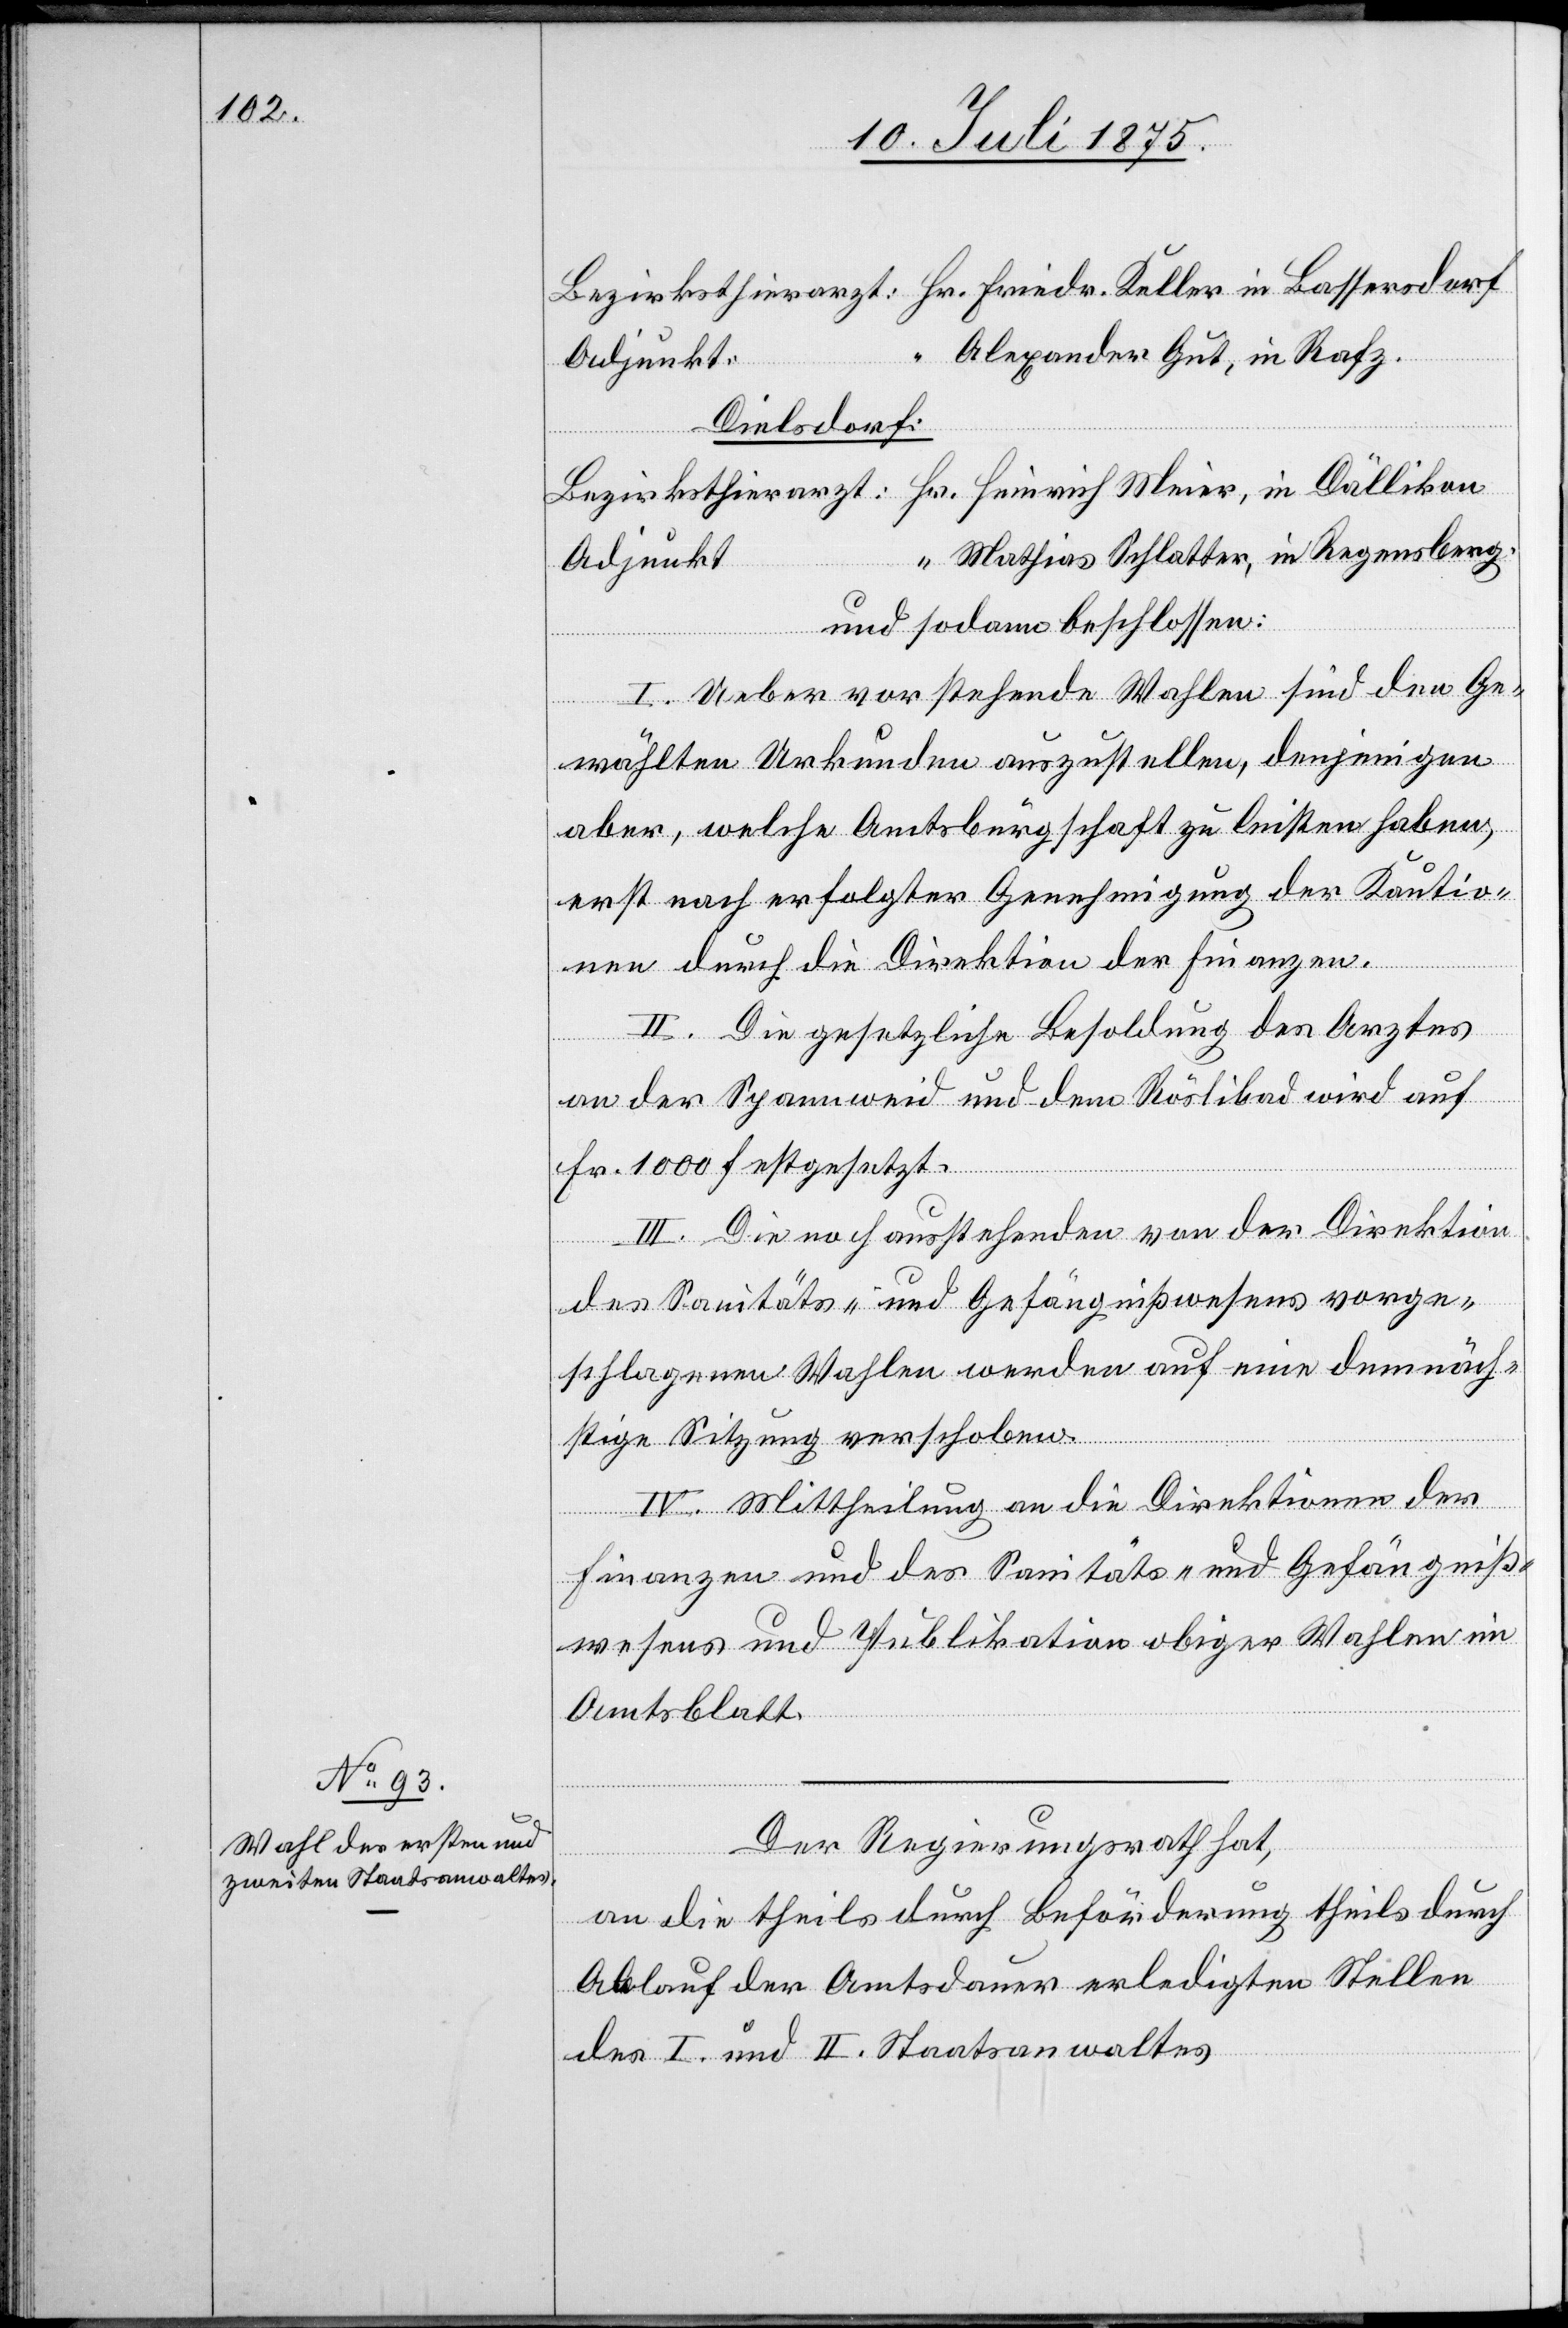
Alexander Gut, in Rafz.
Dielsdorf:
Mathias Schlatter, in Regensberg.
Adjunkt:
Meier,
und sodann beschlossen:
I. Ueber vorstehende Wahlen sind den Ge¬
wählten Urkunden auszustellen, denjenigen
aber, welche Amtsbürgschaft zu leisten haben,
erst nach erfolgter Genehmigung der Kautio¬
nen durch die Direktion der Finanzen.
II. Die gesetzliche Besoldung des Arztes
an der Spannweid und dem Röslibad wird auf
Fr. 1000 festgesetzt.
III. Die noch ausstehenden von der Direktion
des Sanitäts- und Gefängnißwesens vorge¬
schlagenen Wahlen werden auf eine demnäch¬
stige Sitzung verschoben.
IV. Mittheilung an die Direktionen der
Finanzen und des Sanitäts- und Gefängniß¬
wesens und Publikation obiger Wahlen im
Amtsblatt.
Der Regierungsrath hat,
an die theils durch Beförderung theils durch
Ablauf der Amtsdauer erledigten Stellen
des I. und II. Staatsanwaltes